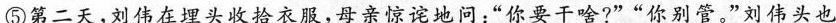
⑤第二天，刘伟在埋头收拾衣服，母亲惊诧地问；”你要干啥?””你别管。”刘伟头也